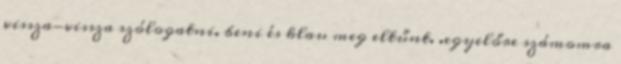
vissza-vissza szólogatni. beni és klau meg eltűnt. .egyelőre számomra